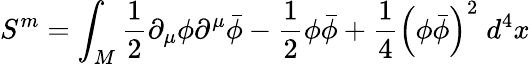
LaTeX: S^{m}=\int_{M}\frac{1}{2}\partial_{\mu}\phi\partial^{\mu}\bar{\phi}-\frac{1}{2}\phi\bar{\phi}+\frac{1}{4}\left(\phi\bar{\phi}\right)^{2}\; d^{4}x